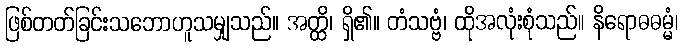
ဖြစ်တတ်ခြင်းသဘောဟူသမျှသည်။ အတ္ထိ၊ ရှိ၏။ တံသဗ္ဗံ၊ ထိုအလုံးစုံသည်။ နိရောဓဓမ္မံ၊